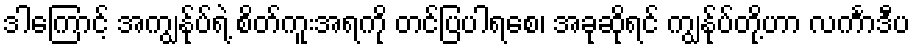
ဒါကြောင့် အကျွန်ုပ်ရဲ့ စိတ်ကူးအရကို တင်ပြပါရစေ၊ အခုဆိုရင် ကျွန်ုပ်တို့ဟာ လင်္ကာဒီပ